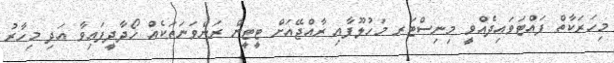
މިހަރަކާތް ފައްޓަވައިދެއްވީ މިނިސްޓަރ މަހުލޫފާއި ރާއްޖޭއަށް ޓީޓީން ރަންވަނަތަކެއް ހޯދާދީފައިވާ އަދި މިހާރު